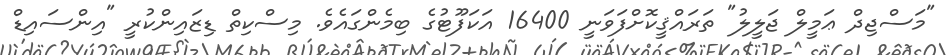
"މަސްޖިދް ޢަމީލް ޖަލީލު" ތަރައްޤީކޮށްފަވަނީ 16400 އަކަފޫޓުގެ ބިމެންގައެވެ. މިސްކިތް ޑިޒައިންކުރީ "އިންސައިޑް